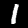
Label: 1